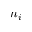
n _ { i }